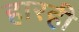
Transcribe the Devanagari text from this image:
हारही